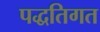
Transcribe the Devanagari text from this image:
पद्धतिगत